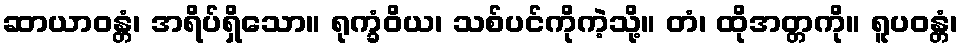
ဆာယာဝန္တံ၊ အရိပ်ရှိသော။ ရုက္ခံဝိယ၊ သစ်ပင်ကိုကဲ့သို့။ တံ၊ ထိုအတ္တကို။ ရူပဝန္တံ၊